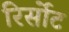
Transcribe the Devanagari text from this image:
रिर्सोट